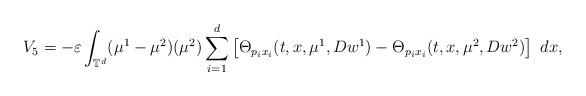
LaTeX: \begin{align*}V_{5}=-\varepsilon\int_{\mathbb{T}^{d}}(\mu^{1}-\mu^{2})(\mu^{2})\sum_{i=1}^{d}\left[\Theta_{p_{i}x_{i}}(t,x,\mu^{1},Dw^{1})-\Theta_{p_{i}x_{i}}(t,x,\mu^{2},Dw^{2})\right]\ dx,\end{align*}